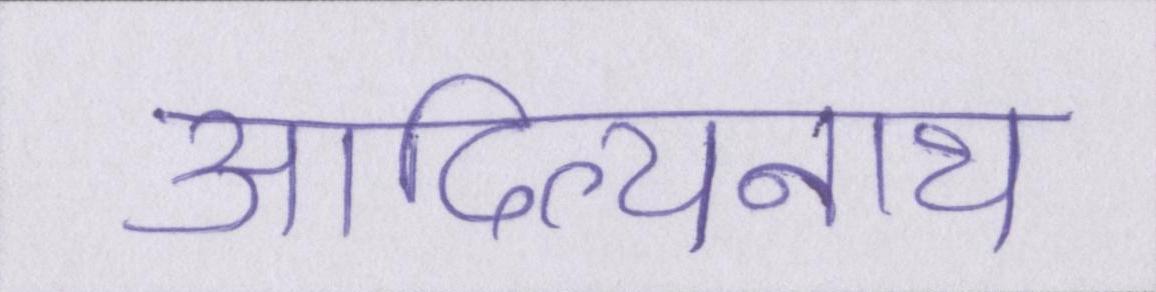
आदित्यनाथ